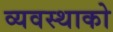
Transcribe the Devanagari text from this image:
व्यवस्थाको